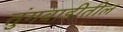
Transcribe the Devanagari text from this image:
तुंगवाडीतील